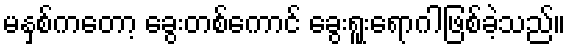
မနှစ်ကတော့ ခွေးတစ်ကောင် ခွေးရူးရောဂါဖြစ်ခဲ့သည်။